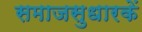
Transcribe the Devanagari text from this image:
समाजसुधारकें